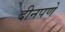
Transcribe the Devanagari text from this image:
दीनपणे